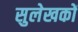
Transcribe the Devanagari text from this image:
सुलेखकों